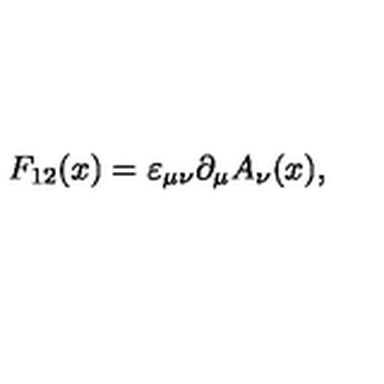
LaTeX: F _ { 1 2 } ( x ) = \varepsilon _ { \mu \nu } \partial _ { \mu } A _ { \nu } ( x ) ,